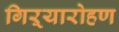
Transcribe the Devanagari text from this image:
गिऱ्यारोहण